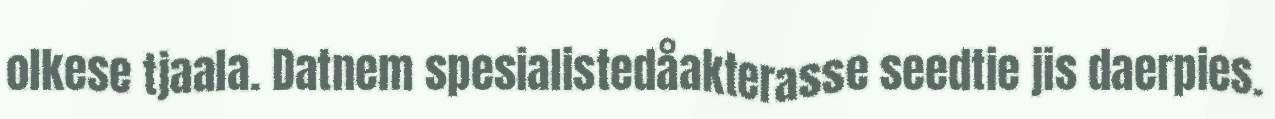
olkese tjaala. Datnem spesialistedåakterasse seedtie jis daerpies.